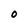
Character: O